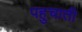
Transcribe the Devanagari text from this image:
पहुचाती